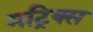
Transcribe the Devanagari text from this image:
मट्रिक्स